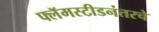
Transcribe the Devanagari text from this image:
फ्लॅमस्टीडनंतरचे